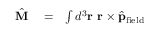
\begin{array} { r l r } { \hat { \bf M } } & { { } = } & { \int d ^ { 3 } { \bf r } \ { \bf r } \times \hat { \bf p } _ { \mathrm { f i e l d } } } \end{array}